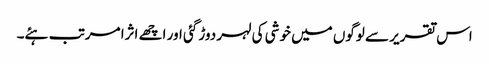
اس تقریر سے لوگوں میں خوشی کی لہر دوڑ گئی اور اچھے اثرا مرتب ہئے۔